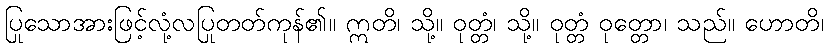
ပြုသောအားဖြင့်လုံ့လပြုတတ်ကုန်၏။ ဣတိ၊ သို့။ ဝုတ္တံ၊ သို့။ ဝုတ္တံ ဝုတ္တော၊ သည်။ ဟောတိ၊